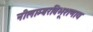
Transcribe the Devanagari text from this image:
नीलाम्बरविभूशणाय